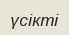
үсікті